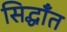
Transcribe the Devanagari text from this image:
सिद्धाँत